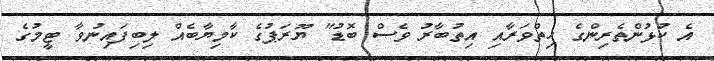
އެ ކުޅުންތެރިންގެ ހިތްވަރާއި އިތުބާރު ވެސް ބޮޑު" ޔޫރަޕުގެ ކާމިޔާބެއް ލިބިފައިނުވާ ޓީމުގެ